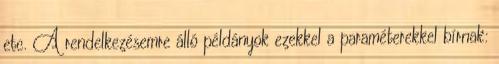
etc. A rendelkezésemre álló példányok ezekkel a paraméterekkel bírnak: